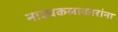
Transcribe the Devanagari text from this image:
नाट्यकलाकारांना